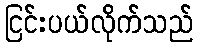
ငြင်းပယ်လိုက်သည်